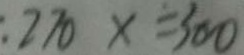
2 7 0 x = 3 0 0